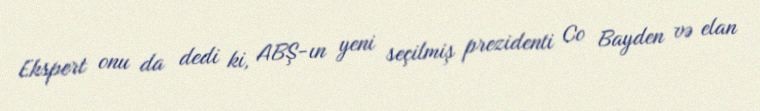
Ekspert onu da dedi ki, ABŞ-ın yeni seçilmiş prezidenti Co Bayden və elan